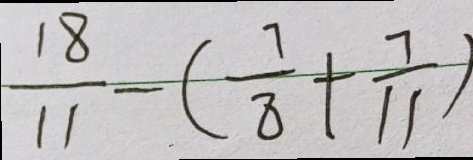
\frac { 1 8 } { 1 1 } - ( \frac { 7 } { 8 } + \frac { 7 } { 1 1 } )